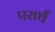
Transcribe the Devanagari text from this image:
परार्थं